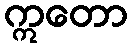
ဣတော